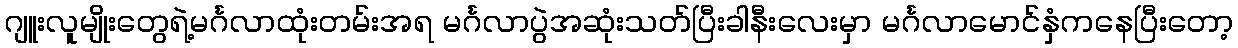
ဂျူးလူမျိုးတွေရဲ့မင်္ဂလာထုံးတမ်းအရ မင်္ဂလာပွဲအဆုံးသတ်ပြီးခါနီးလေးမှာ မင်္ဂလာမောင်နှံကနေပြီးတော့